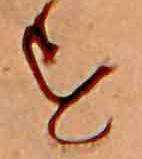
す